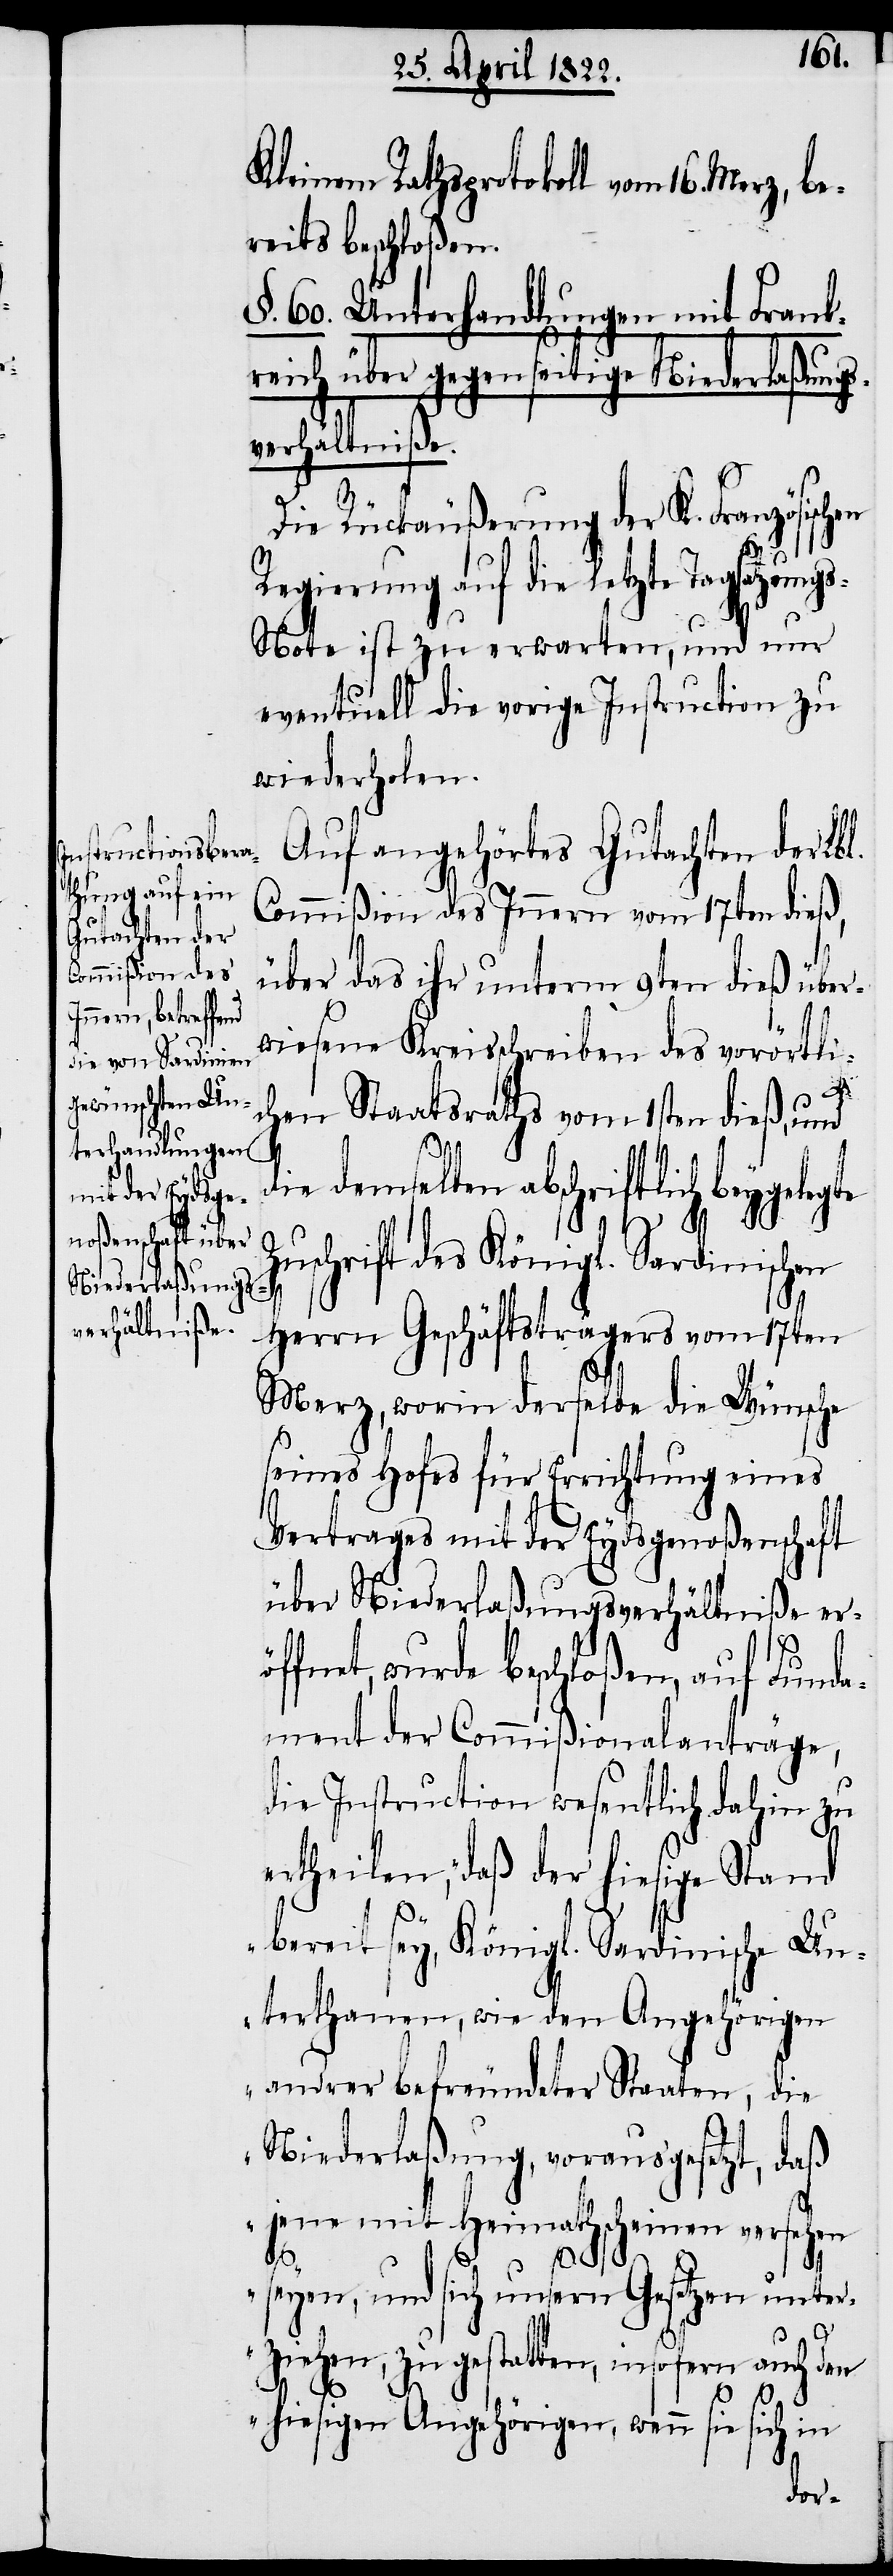
Kleinem Rathsprotokoll vom 16. M¬
reits beschloßen.
§. 60. Unterhandlungen mit Frank¬
reich über gegenseitige Niederlaßungs¬
verhältniße.
Die Rückäußerung der K. Französisc¬
Regierung auf die letzte Tagsatzung¬
s-Note ist zu erwarten, und nur
eventuell die vorige Instruction zu
wiederholen.
Auf angehörtes Gutachten der Lbl.
Commißion des Innern vom 17ten dieß,
über das ihr unterm 9ten dieß über¬
wiesene Kreisschreiben des vorörtli¬
chen Staatsraths vom 1sten dieß, und
die demselben abschriftlich beygelegte
Zuschrift des Königl. Sardinischen
Herrn Geschäftsträgers vom 17ten
Merz, worin derselbe die Wünsche
seines Hofes für Errichtung eines
Vertrages mit der Eydsgenoßenschaft
über Niederlaßungsverhältniße eröf¬
fnet, wurde beschloßen, auf Funda¬
ment der Commißionalanträge,
die Instruction wesentlich dahin zu
ertheilen, „daß der hiesige Stand
bereit sey, Königl. Sardinische Un¬
terthanen, wie den Angehörigen
andrer befreundeter Staaten, die
Niederlaßung, vorausgesetzt, daß
jene mit Heimathscheinen versehen
seyen, und sich unsern Gesetzen unter¬
ziehen, zu gestalten, insofern auch den
hiesigen Angehörigen, wenn sie sich in
hen